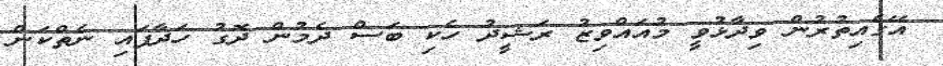
އޭގެއިތުރުން ވިދާޅުވީ މުއައްވިޒު ރަޝީދު ހެކި ބަސް ދެމުން ދޮގު ހަދާފައި ނެތްކަން